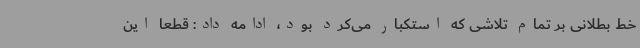
خط بطلانی بر تمام تلاشی که استکبار می‌کرد بود، ادامه داد: قطعاً این